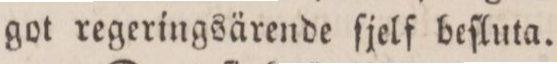
got regeringsärende ſjelf beſluta.